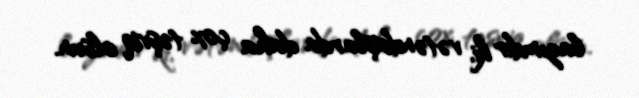
lazımdır ki, vətəndaşlarda daha çox təşviq olsun.